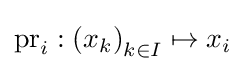
\operatorname {pr} _{i}:\left(x_{k}\right)_{k\in I}\mapsto x_{i}